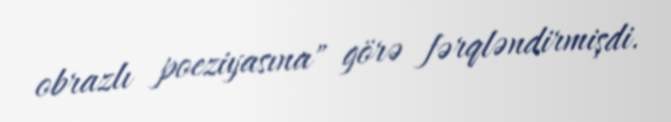
obrazlı poeziyasına" görə fərqləndirmişdi.